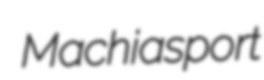
Machiasport